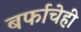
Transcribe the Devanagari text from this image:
बर्फाचेही